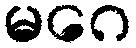
မဂေ